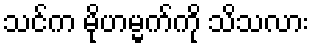
သင်က မိုဟမ္မက်ကို သိသလား